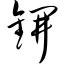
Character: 锎